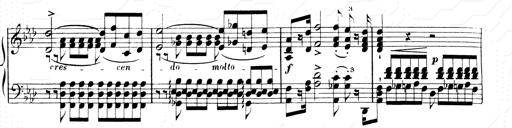
Title: 2 Transcriptions d'aprÃ¨s Rossini
Composer: Franz Liszt